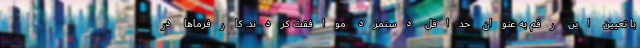
با تعیین این رقم به عنوان حداقل دستمزد موافقت کردند. کارفرماها در